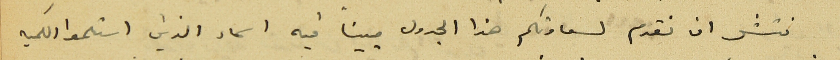
نتشر ان نقدم لسعادتكم هذا الجدول مبيناً فيه اسماء الذين استلموا الكميه